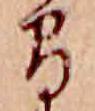
間